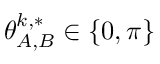
\theta _ { A , B } ^ { k , * } \in \{ 0 , \pi \}